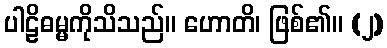
ပါဠိဓမ္မကိုသိသည်။ ဟောတိ၊ ဖြစ်၏။ (၂)